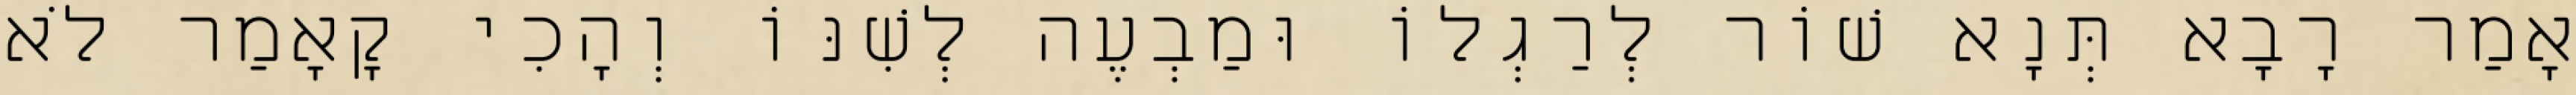
אָמַר רָבָא תְּנָא שׁוֹר לְרַגְלוֹ וּמַבְעֶה לְשִׁנּוֹ וְהָכִי קָאָמַר לֹא